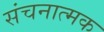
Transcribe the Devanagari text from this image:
संचनात्‍मक